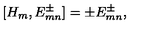
[ H _ { m } , E _ { m n } ^ { \pm } ] = \pm E _ { m n } ^ { \pm } ,